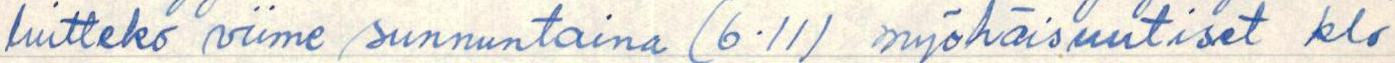
luitteko viime sunnuntaina  (6.11) myöhäisuutiset klo